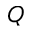
Q